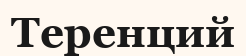
Теренций